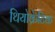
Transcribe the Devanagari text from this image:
थियोक्रेटिक